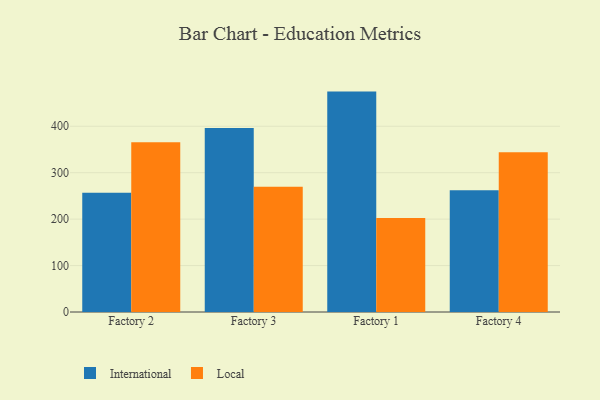
{"axis": {"x": "Factory", "y": "Latency (ms)"}, "legend": ["International", "Local"], "data": [{"x": "Factory 2", "y": 256.8, "type": "International"}, {"x": "Factory 2", "y": 365.6, "type": "Local"}, {"x": "Factory 3", "y": 396.4, "type": "International"}, {"x": "Factory 3", "y": 269.7, "type": "Local"}, {"x": "Factory 1", "y": 474.7, "type": "International"}, {"x": "Factory 1", "y": 202.2, "type": "Local"}, {"x": "Factory 4", "y": 262.0, "type": "International"}, {"x": "Factory 4", "y": 343.9, "type": "Local"}]}